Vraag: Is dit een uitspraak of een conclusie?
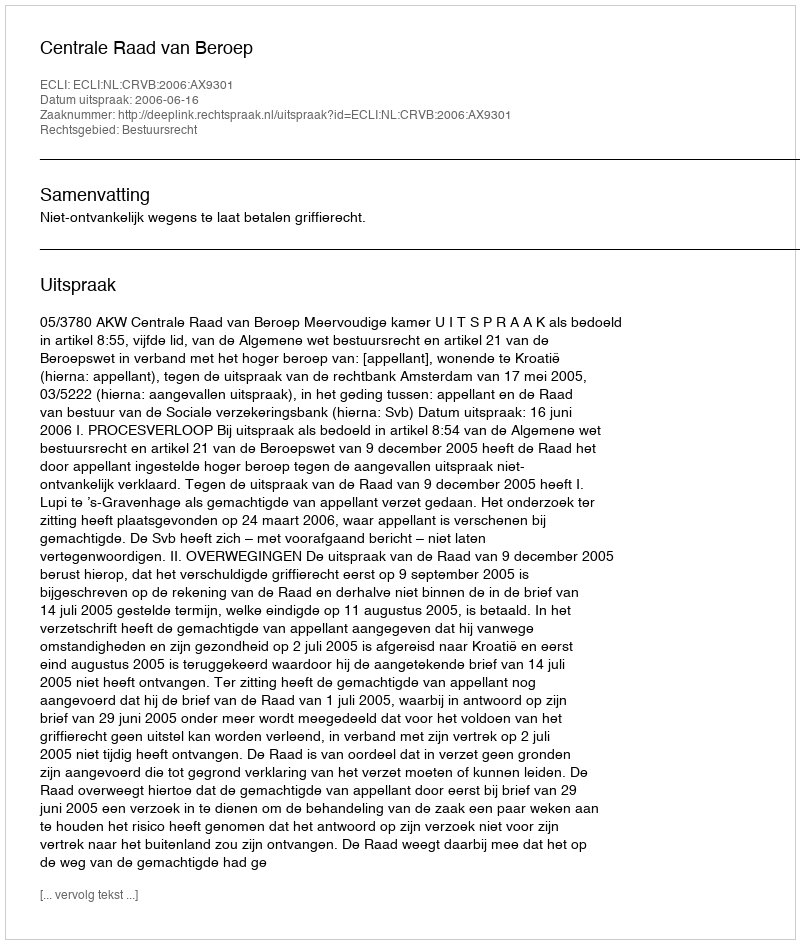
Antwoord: Uitspraak